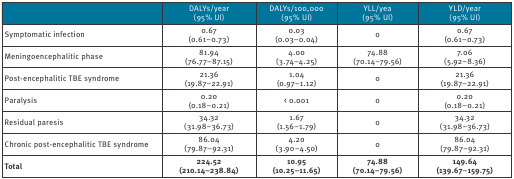
<table><thead><tr><td></td><td><b>DALYs/year(95% UI)</b></td><td><b>DALYs/100,000(95% UI)</b></td><td><b>YLL/year(95% UI)</b></td><td><b>YLD/year(95% UI)</b></td></tr></thead><tbody><tr><td>Symptomatic infection</td><td>0.67(0.61–0.73)</td><td>0.03(0.03–0.04)</td><td>0</td><td>0.67(0.61–0.73)</td></tr><tr><td>Meningoencephalitic phase</td><td>81.94(76.77–87.15)</td><td>4.00(3.74–4.25)</td><td>74.88(70.14–79.56)</td><td>7.06(5.92–8.36)</td></tr><tr><td>Post-encephalitic TBE syndrome</td><td>21.36(19.87–22.91)</td><td>1.04(0.97–1.12)</td><td>0</td><td>21.36(19.87–22.91)</td></tr><tr><td>Paralysis</td><td>0.20(0.18–0.21)</td><td>&lt; 0.001</td><td>0</td><td>0.20(0.18–0.21)</td></tr><tr><td>Residual paresis</td><td>34.32(31.98–36.73)</td><td>1.67(1.56–1.79)</td><td>0</td><td>34.32(31.98–36.73)</td></tr><tr><td>Chronic post-encephalitic TBE syndrome</td><td>86.04(79.87–92.31)</td><td>4.20(3.90–4.50)</td><td>0</td><td>86.04(79.87–92.31)</td></tr><tr><td><b>Total</b></td><td><b>224.52</b><b>(210.14–238.84)</b></td><td><b>10.95</b><b>(10.25–11.65)</b></td><td><b>74.88</b><b>(70.14–79.56)</b></td><td><b>149.64</b><b>(139.67</b>–<b>159.75)</b></td></tr></tbody></table>